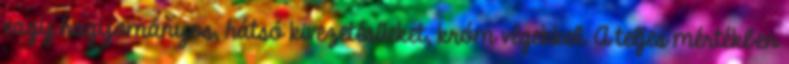
vagy hagyományos, hátsó kivezetésűeket, króm végekkel. A teljes mértékben